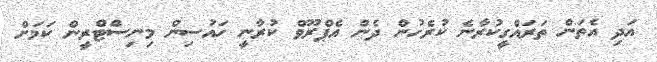
އަދި އެތަން ތަރައްގީކުރާނެ ކުރެހުން ދެން އެޕްރޫވް ކުރާނީ ހައުސިން މިނިސްޓްރީން ކަމަށް